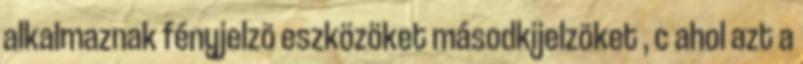
alkalmaznak fényjelzõ eszközöket másodkijelzõket , c ahol azt a